Rangoon Lunatic Asylum 1898-1906 - 1898-1906
Year: 1898
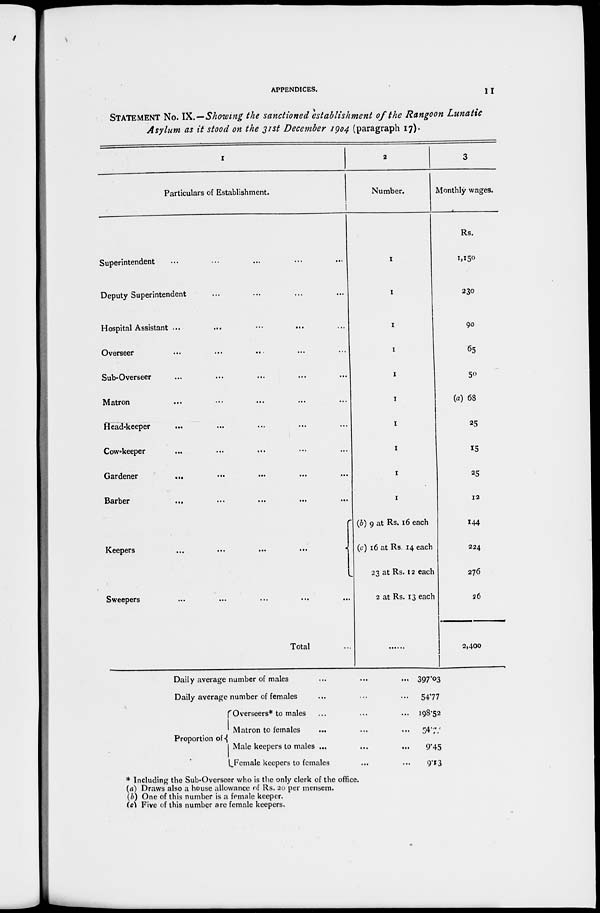
APPENDICES.
11
STATEMENT NO. IX.—Showing the sanctioned establishment of the Rangoon Lunatic
Asylum as it stood on the 31st December 1904 (paragraph 17).
1
Particulars of Establishment.
Superintendent ... ... ... ... ...
Deputy Superintendent
...
...
...
...
...
Hospital Assistant ... ... ... ... ... ...
Overseer ... ... ... ... ...
Sub-Overseer ... ... ... ... ...
Matron ... ... ... ... ...
Head-keeper ... ... ... ... ... ...
Cow-keeper ... ... ... ... ...
Gardener
...
...
...
...
...
Barber
...
...
...
...
...
Keepers
...
...
...
...
Sweepers ... ... ... ... ...
Total ...
2
Number.
1
1
1
1
1
1
1
1
1
1
(b) 9 at Rs. 16 each
(c) 16 at Rs. 14 each
23 at Rs. 12 each
2 at Rs. 13 each
3
Monthly wages.
Rs.
1,150
230
90
65
50
(a) 68
25
15
25
12
144
224
276
36
2,400
Daily average number of males ... ... ...
Daily average number of females ... ... ...
Proportion of
Overseers* to males ... ... ...
Matron to females ... ... ...
Male keepers to males ... ... ...
Female keepers to females ... ...
397.03
5477
198.52
9.45
9.13
* Including the Sub-Overseer who is the only clerk of the office.
(a) Draws also a house allowance of Rs. 20 per mensem.
(b) One of this number is a female keeper.
(c) Five of this number are female keepers.